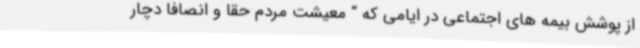
از پوشش بیمه های اجتماعی در ایامی که “ معیشت مردم حقاً و انصافاً دچار